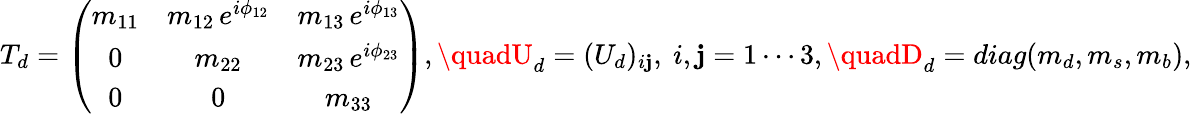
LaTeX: T_{d}=\left(\begin{array}{ccc}{{m_{11}}}&{{m_{12}\, e^{i\phi_{12}}}}&{{m_{13}\, e^{i\phi_{13}}}}\\ {{0}}&{{m_{22}}}&{{m_{23}\, e^{i\phi_{23}}}}\\ {{0}}&{{0}}&{{m_{33}}}\end{array}\right),\quadU_{d}=(U_{d})_{i\mathbf{j}},\ i,\mathbf{j}=1\cdots3,\quadD_{d}=diag(m_{d},m_{s},m_{b}),